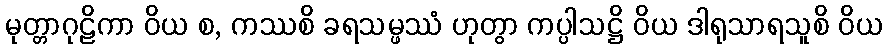
မုတ္တာဂုဠိကာ ဝိယ စ, ကဿစိ ခရသမ္ဖဿံ ဟုတွာ ကပ္ပါသဋ္ဌိ ဝိယ ဒါရုသာရသူစိ ဝိယ